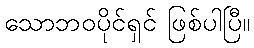
သောဘဝပိုင်ရှင် ဖြစ်ပါပြီ။